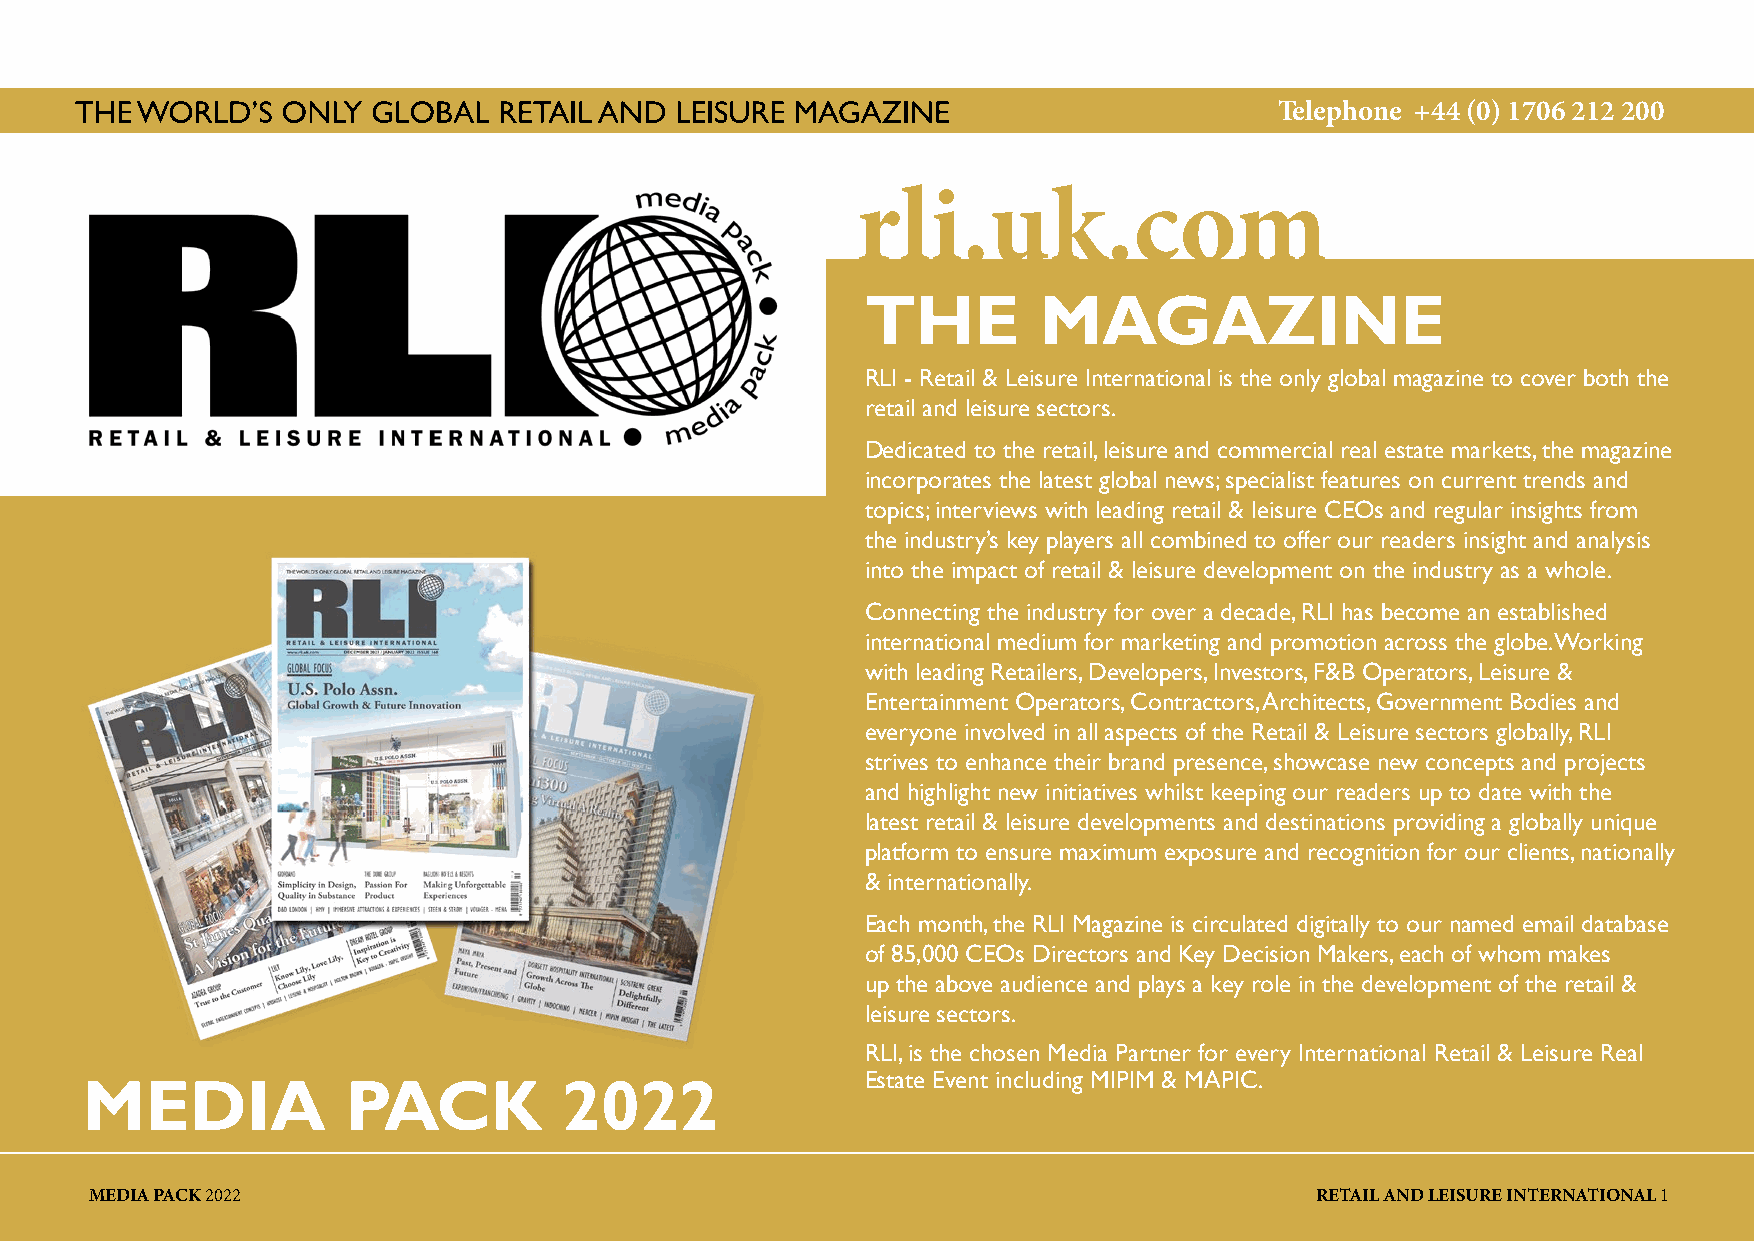
Telephone +44 (0) 1706 212 200
 rli.uk.com
 THE         MAGAZINE
 RLI - Retail & Leisure International is the only global magazine to cover both the
 retail and leisure sectors.
 Dedicated to the retail, leisure and commercial real estate markets, the magazine
 incorporates the latest global news; specialist features on current trends and
 topics; interviews with leading retail & leisure CEOs and regular insights from
 the industry’s key players all combined to offer our readers insight and analysis
 into the impact of retail & leisure development on the industry as a whole.
 Connecting the industry for over a decade, RLI has become an established
 international medium for marketing and promotion across the globe. Working
 with leading Retailers, Developers, Investors, F&B Operators, Leisure &
 Entertainment Operators, Contractors, Architects, Government Bodies and
 everyone involved in all aspects of the Retail & Leisure sectors globally, RLI
 strives to enhance their brand presence, showcase new concepts and projects
 and highlight new initiatives whilst keeping our readers up to date with the
 latest retail & leisure developments and destinations providing a globally unique
 platform to ensure maximum exposure and recognition for our clients, nationally
 & internationally.
 Each month, the RLI Magazine is circulated digitally to our named email database
 of 85,000 CEOs Directors and Key Decision Makers, each of whom makes
 up the above audience and plays a key role in the development of the retail &
 leisure sectors.
 RLI, is the chosen Media Partner for every International Retail & Leisure Real
 Estate Event including MIPIM & MAPIC.
 MEDIA             PACK          2022
 MEDIA PACK 2022                                                                  RETAIL AND LEISURE INTERNATIONAL 1